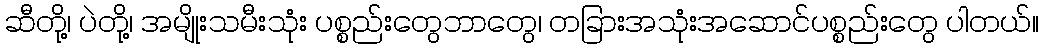
ဆီတို့၊ ပဲတို့၊ အမျိုးသမီးသုံး ပစ္စည်းတွေဘာတွေ၊ တခြားအသုံးအဆောင်ပစ္စည်းတွေ ပါတယ်။